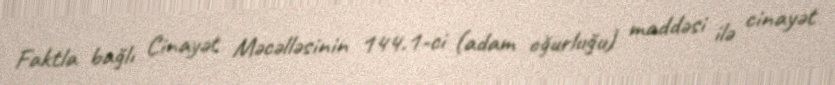
Faktla bağlı Cinayət Məcəlləsinin 144.1-ci (adam oğurluğu) maddəsi ilə cinayət